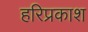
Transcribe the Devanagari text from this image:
हरिप्रकाश